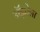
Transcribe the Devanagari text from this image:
अॅझोला